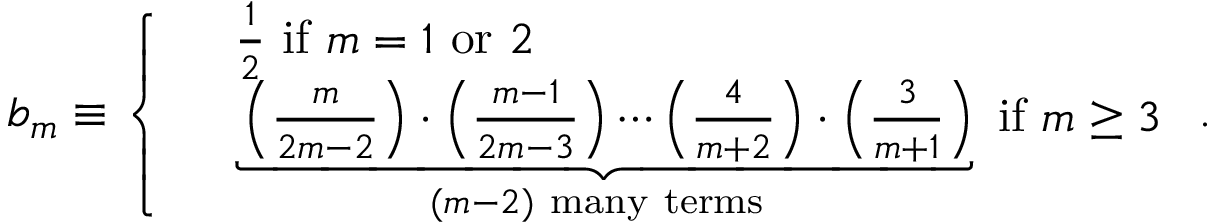
\mathfrak { b } _ { m } \equiv \left\{ \begin{array} { l l } & { \frac { 1 } { 2 } \mathrm { ~ i f ~ } m = 1 \mathrm { ~ o r ~ } 2 } \\ & { \underbrace { \left( \frac { m } { 2 m - 2 } \right) \cdot \left( \frac { m - 1 } { 2 m - 3 } \right) \cdots \left( \frac { 4 } { m + 2 } \right) \cdot \left( \frac { 3 } { m + 1 } \right) } _ { ( m - 2 ) \mathrm { ~ m a n y ~ t e r m s ~ } } \mathrm { ~ i f ~ } m \geq 3 } \end{array} \right. .